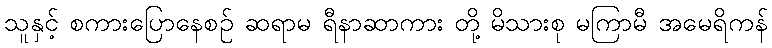
သူနှင့် စကားပြောနေစဉ် ဆရာမ ရီနာဆာကား တို့ မိသားစု မကြာမီ အမေရိကန်